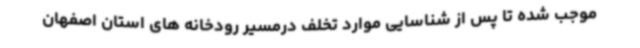
موجب شده تا پس از شناسایی موارد تخلف درمسیر رودخانه های استان اصفهان